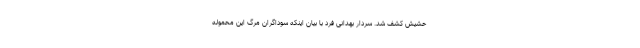
حشیش کشف شد. سردار بهدانی فرد با بیان اینکه سوداگران مرگ این محموله